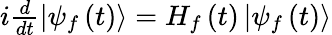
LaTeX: \begin{array}{r}{i\frac{d}{dt}\left\vert\psi_{f}\left(t\right)\right\rangle=H_{f}\left(t\right)\left\vert\psi_{f}\left(t\right)\right\rangle}\end{array}